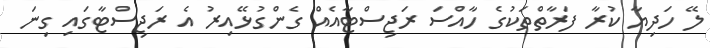
ލޭ ހަދިޔާ ކުރާ ފަރާތްތަކުގެ ހާއްސަ ރަޖިސްޓާއެއް ގެންގުޅޭއިރު އެ ރަޖިސްޓާގައި ގިނަ